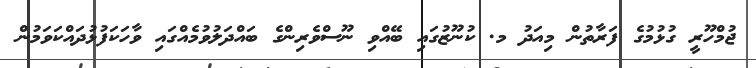
ޖުމްހޫރީ ގުޅުމުގެ ފަރާތުން މިއަދު މ. ކުނޫޒުގައި ބޭއްވި ނޫސްވެރިންގެ ބައްދަލުވުމެއްގައި ވާހަކަފުޅުދައްކަވަމުން